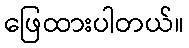
ဖြေထားပါတယ်။